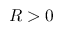
R > 0